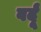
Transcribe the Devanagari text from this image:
वर्दूं